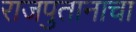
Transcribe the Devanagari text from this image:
राजपुतानाचा